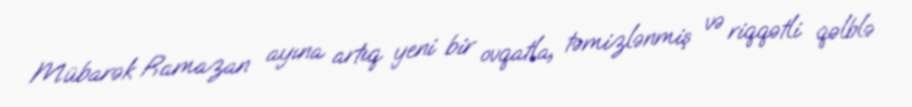
Mübarək Ramazan ayına artıq yeni bir ovqatla, təmizlənmiş və riqqətli qəlblə